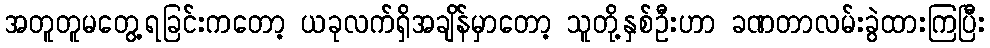
အတူတူမတွေ့ရခြင်းကတော့ ယခုလက်ရှိအချိန်မှာတော့ သူတို့နှစ်ဦးဟာ ခဏတာလမ်းခွဲထားကြပြီး